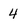
Character: 4